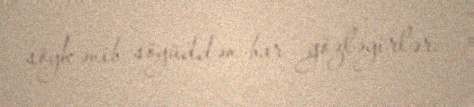
söykənib söyüddən bar gözləyirlər.